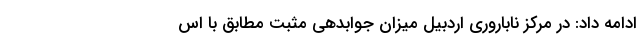
ادامه داد: در مرکز ناباروری اردبیل میزان جوابدهی مثبت مطابق با اس